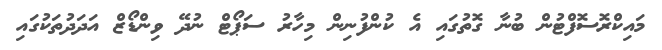
މައިކްރޮސޮފްޓުން ބުނާ ގޮތުގައި އެ ކުންފުނިން މިހާރު ސަޕޯޓް ނުދޭ ވިންޑޯޒް އަދަދުތަކުގައި